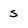
Character: s